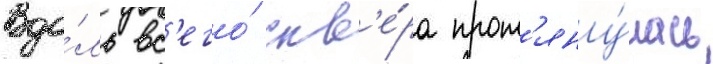
Вдо́ль вс'его́ скв'е́ра прот'яну́лась